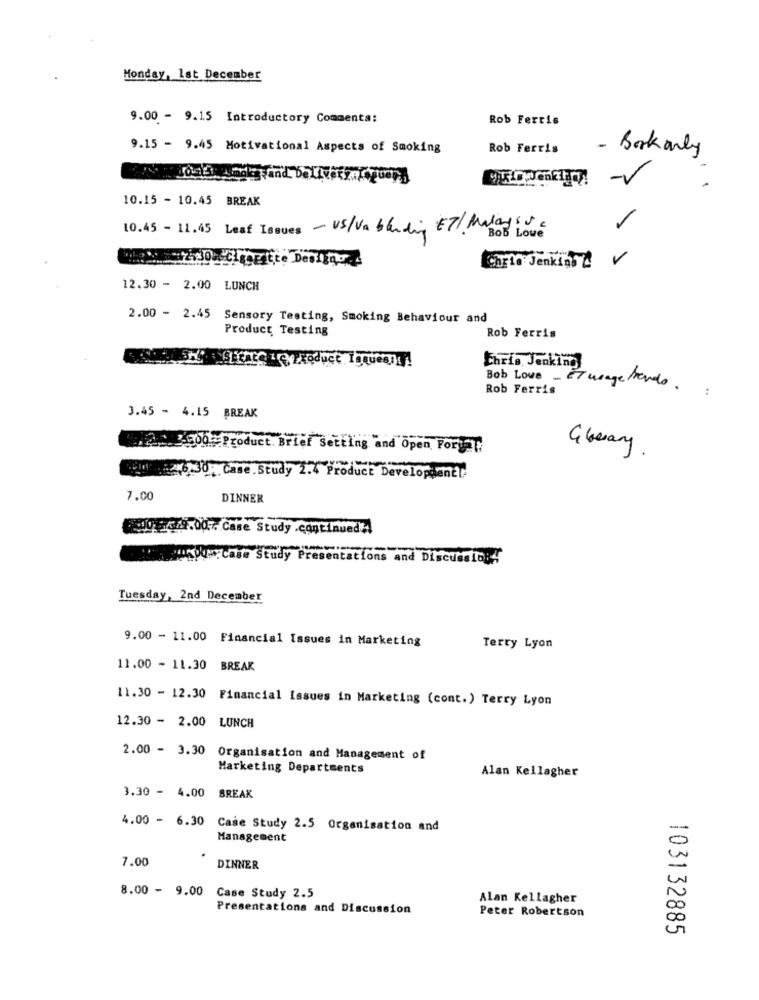
Monday, 1st December
9.00 - 9.15 Introductory Comments:
Rob Ferris
9.15 - 9.45 Motivational Aspects of Smoking
Rob Ferris
- Bookonly
-v
10.15 - 10.45 BREAK
10.45 - 11.45 Leaf Issues - Us/Va bleding ET/ Malay ..
V
Carto Jenking
12.30 - 2.00 LUNCH
2.00 - 2.45
Sensory Testing, Smoking Behaviour and
Product Testing
Rob Ferris
Chris, Jenking
Bob Love ET usage Mando.
Rob Ferris
:
3.45 - 4.15 BREAK
Glerany
Product. Brief Setting and Open, Forget
EIN 26:30: Case.Study 2.4 Product Developmentl
7.00
DINNER
600.349.00 .. Case Study .continued:
:case Study Presentations and Discussin:4
Tuesday, 2nd December
9.00 - 11.00 Financial Issues in Marketing
Terry Lyon
11.00 - 11.30 BREAK
11.30 - 12.30 Financial Issues in Marketing (cont.) Terry Lyon
12.30 - 2.00 LUNCH
2.00 - 3.30
Organisation and Management of
Marketing Departments
Alan Kellagher
3.30 - 4.00 BREAK
4.00 - 6.30 Case Study 2.5 Organisation and
-
Management
0
7.00
DINNER
8.00 - 9.00
U
Case Study 2.5
Alan Kellagher
Presentations and Discussion
Peter Robertson
00
103132885